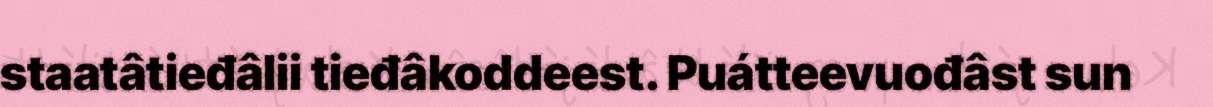
staatâtieđâlii tieđâkoddeest. Puátteevuođâst sun